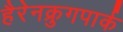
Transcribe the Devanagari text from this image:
हैरेनक्रुगपार्क